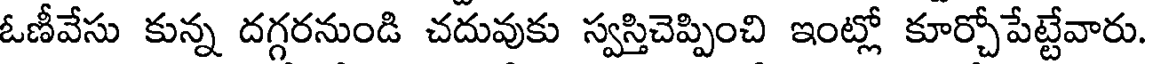
ఓణీవేసు కున్న దగ్గరనుండి చదువుకు స్వస్తిచెప్పించి ఇంట్లో కూర్చోపేట్టేవారు.